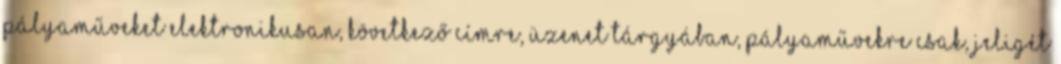
pályaműveket elektronikusan, következő címre, üzenet tárgyában, pályaművekre csak, jeligét